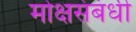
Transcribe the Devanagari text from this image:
मोक्षसंबंधी